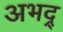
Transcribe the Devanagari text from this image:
अभद्र्